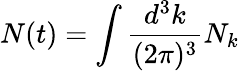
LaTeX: N(t)=\int\frac{d^{3}k}{(2\pi)^{3}}N_{k}